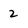
Character: 2